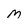
Character: M